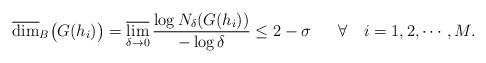
LaTeX: \begin{align*}\overline{\dim}_B\big(G(h_i)\big) =\varlimsup_{\delta \rightarrow 0} \frac{\log N_{\delta}(G(h_i))}{- \log \delta}\le 2- \sigma~~~~~\forall~~~ i=1,2,\cdots,M.\end{align*}